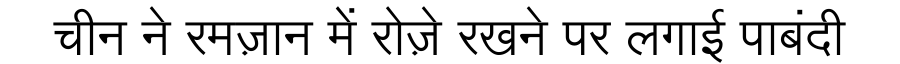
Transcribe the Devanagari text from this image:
चीन ने रमज़ान में रोज़े रखने पर लगाई पाबंदी